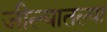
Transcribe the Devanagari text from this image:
जील्यातल्या